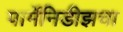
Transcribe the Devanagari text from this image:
पार्मेनिडीझचा